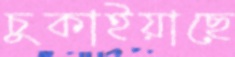
চুকাইয়াছে